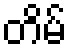
တိမ်